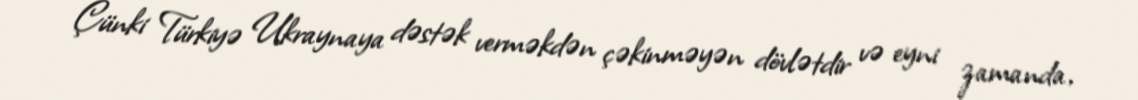
Çünki Türkiyə Ukraynaya dəstək verməkdən çəkinməyən dövlətdir və eyni zamanda,